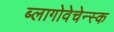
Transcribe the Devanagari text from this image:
ब्लागोवेचेन्स्क